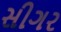
સીગર